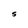
Character: S